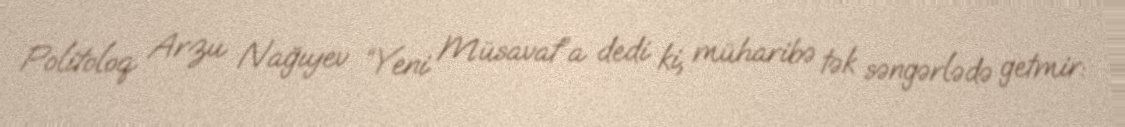
Politoloq Arzu Nağıyev “Yeni Müsavat”a dedi ki, müharibə tək səngərlədə getmir: